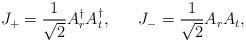
LaTeX: \begin{align*}J_+=\frac{1}{\sqrt 2}A^{\dag}_r A^{\dag}_t,\hspace{7mm}J_-=\frac{1}{\sqrt 2}A_r A_t,\end{align*}